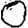
Digit: 0